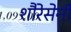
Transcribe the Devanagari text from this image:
शौरेसेनी